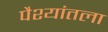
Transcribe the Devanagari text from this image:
पैश्‍यांतला